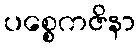
ပစ္စေကဇိနာ